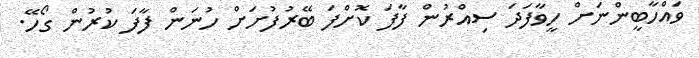
ވައްހާބީންނަށް ހީވާފަދަ ސިއްރުން ފާފަ ކޮށްފަ ބޭރުފުށަށް ހުނަން ފާފަ ކުރުން ގޯހޭ.